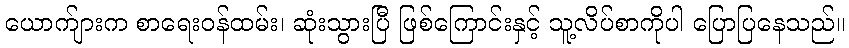
ယောက်ျားက စာရေးဝန်ထမ်း၊ ဆုံးသွားပြီ ဖြစ်ကြောင်းနှင့် သူ့လိပ်စာကိုပါ ပြောပြနေသည်။